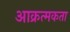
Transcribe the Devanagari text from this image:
आक्रत्मकता